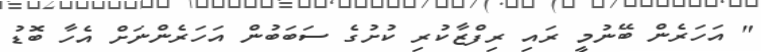
" އަހަރެން ބޭނުމީ ރައި ރިފްޒާކުރި ކުށުގެ ސަބަބުން އަހަރެންނަށް އެހާ ބޮޑު